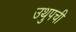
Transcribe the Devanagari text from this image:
उथुपची